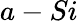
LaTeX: a-Si